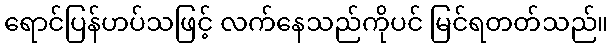
ရောင်ပြန်ဟပ်သဖြင့် လက်နေသည်ကိုပင် မြင်ရတတ်သည်။